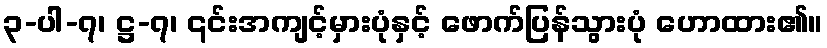
၃-ပါ-၇၊ ဋ္ဌ-၇၊ ၎င်းအကျင့်မှားပုံနှင့် ဖောက်ပြန်သွားပုံ ဟောထား၏။